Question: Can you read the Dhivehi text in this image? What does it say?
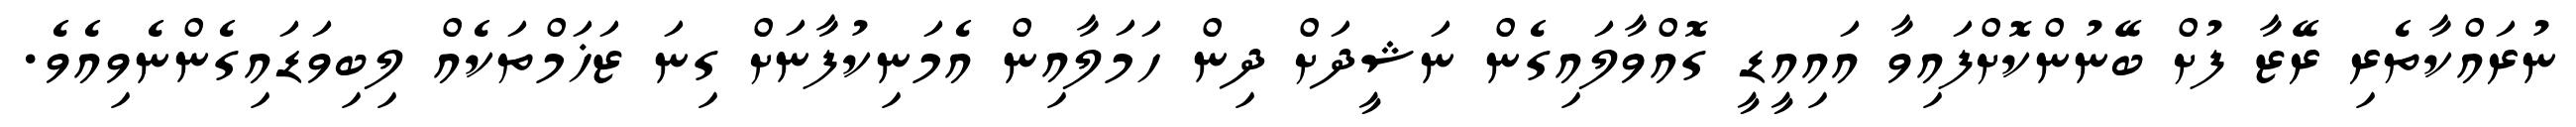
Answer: ނުރައްކާތެރި ރޭޒާ ފުށް ބޭނުންކޮށްފައިވާ އައިއީޑީ ގޮއްވާލައިގެން ނަޝީދަށް ދިން ހަމަލާއިން އެމަނިކުފާނަށް ގިނަ ޒަޚަމްތަކެއް ލިބިވަޑައިގެންނެވިއެވެ.